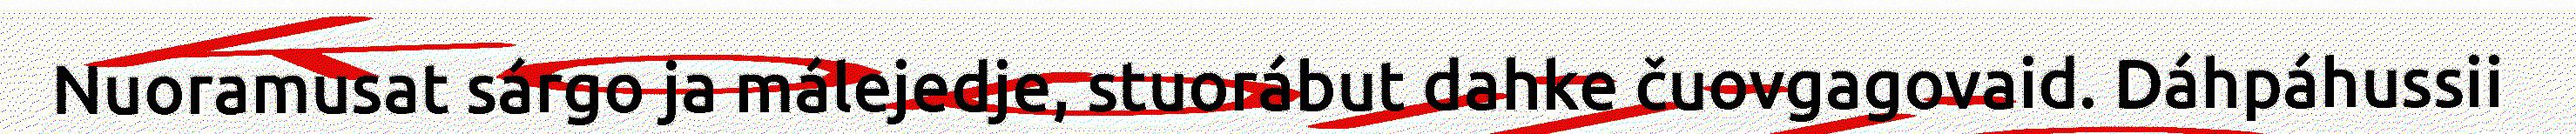
Nuoramusat sárgo ja málejedje, stuorábut dahke čuovgagovaid. Dáhpáhussii